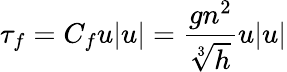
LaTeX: \tau_{f}=C_{f}u|u|=\frac{gn^{2}}{\sqrt[3]{h}}u|u|